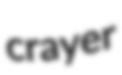
crayer